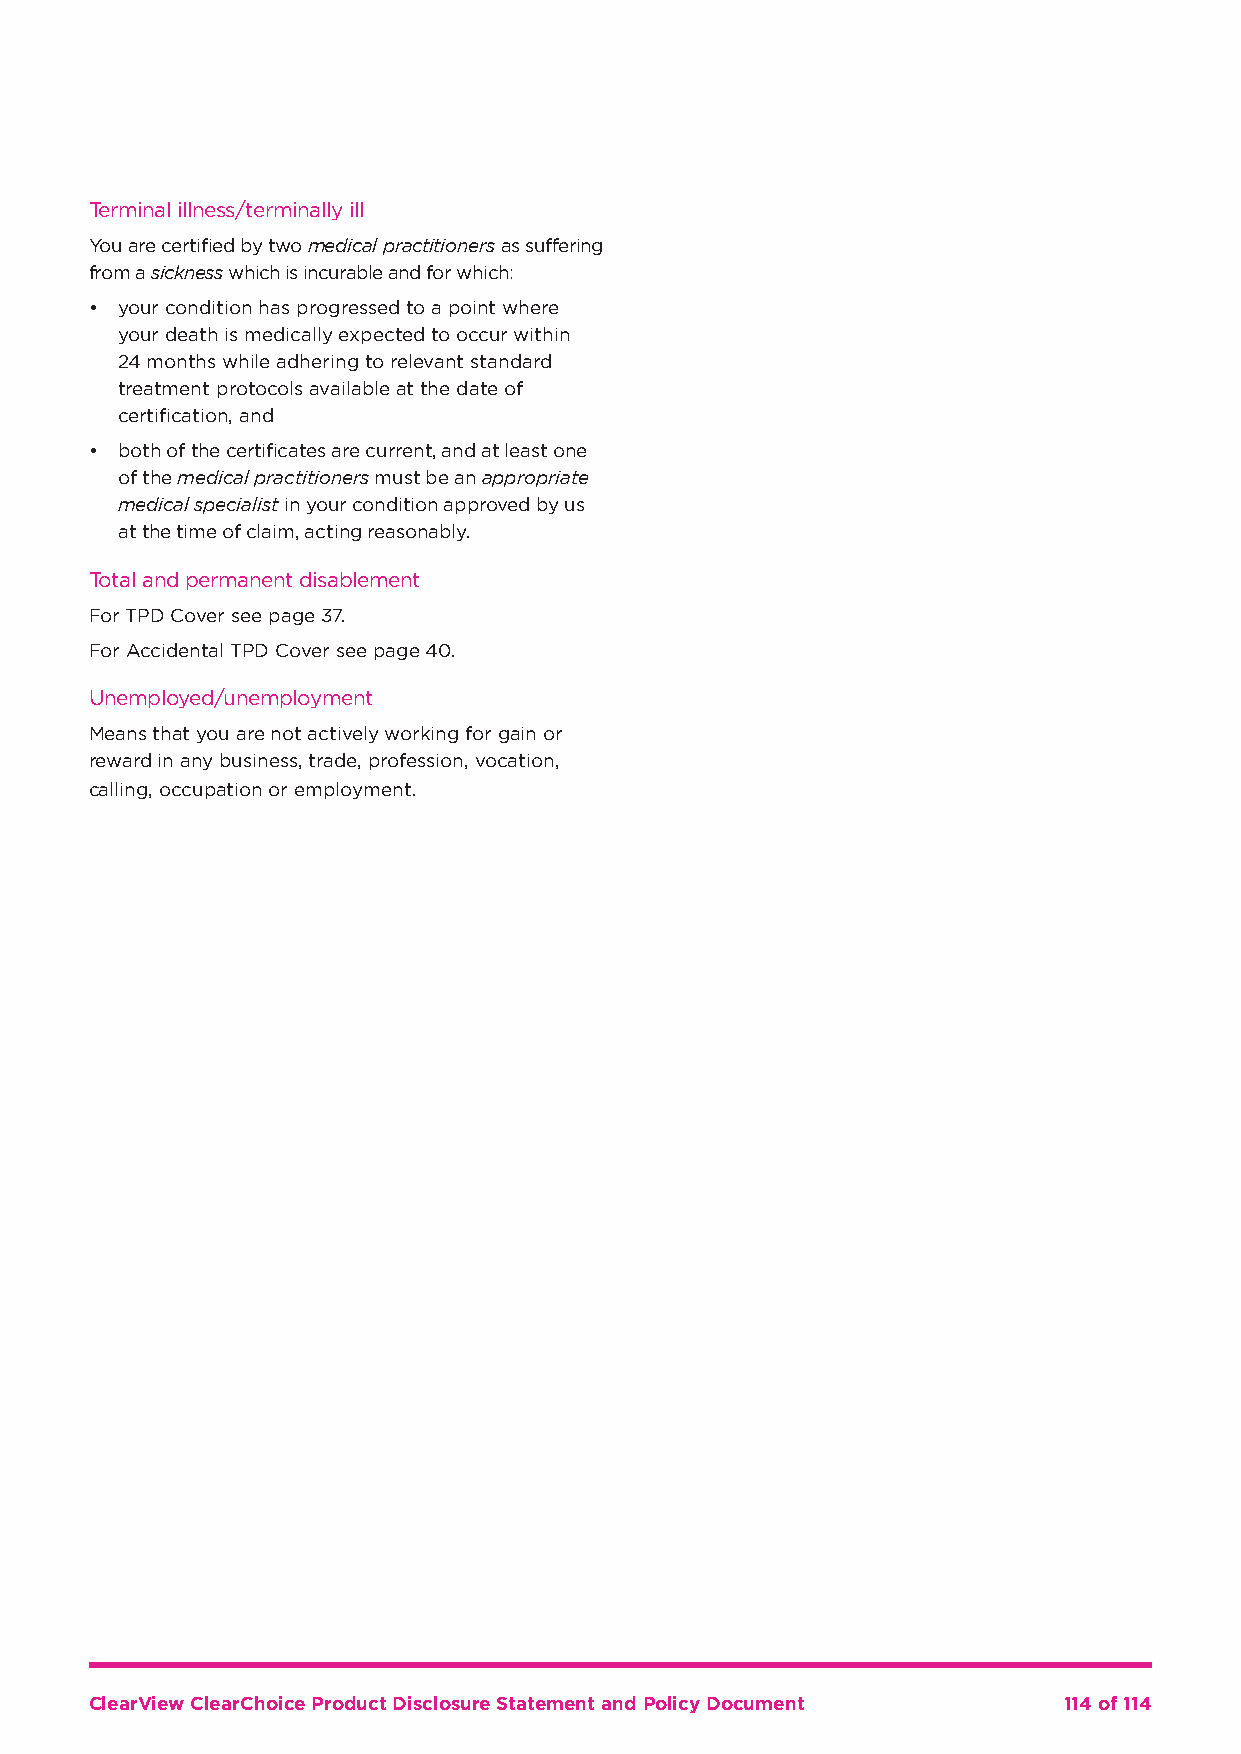
Terminal illness/terminally ill
 You are certified by two medical practitioners as suffering
 from a sickness which is incurable and for which:
 • your condition has progressed to a point where
 your death is medically expected to occur within
 24 months while adhering to relevant standard
 treatment protocols available at the date of
 certification, and
 • b oth of the certificates are current, and at least one
 of the medical practitioners must be an appropriate
 medical specialist in your condition approved by us
 at the time of claim, acting reasonably.
 Total and permanent disablement
 For TPD Cover see page 37.
 For Accidental TPD Cover see page 40.
 Unemployed/unemployment
 Means that you are not actively working for gain or
 reward in any business, trade, profession, vocation,
 calling, occupation or employment.
 ClearView ClearChoice Product Disclosure Statement and Policy Document 114 of 114